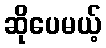
ဆိုပေမယ့်